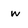
Character: w